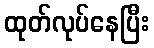
ထုတ်လုပ်နေပြီး